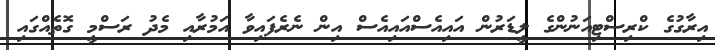
އިރާގުގެ ކްރިސްޓިއަނުންގެ ލީޑަރުން އައިއެސްއައިއެސް އިން ނެރެފައިވާ އަމުރާއި މެދު ރަސްމީ ގޮތެއްގައި